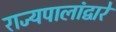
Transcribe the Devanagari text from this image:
राज्यपालांद्वारे